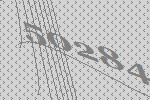
50284